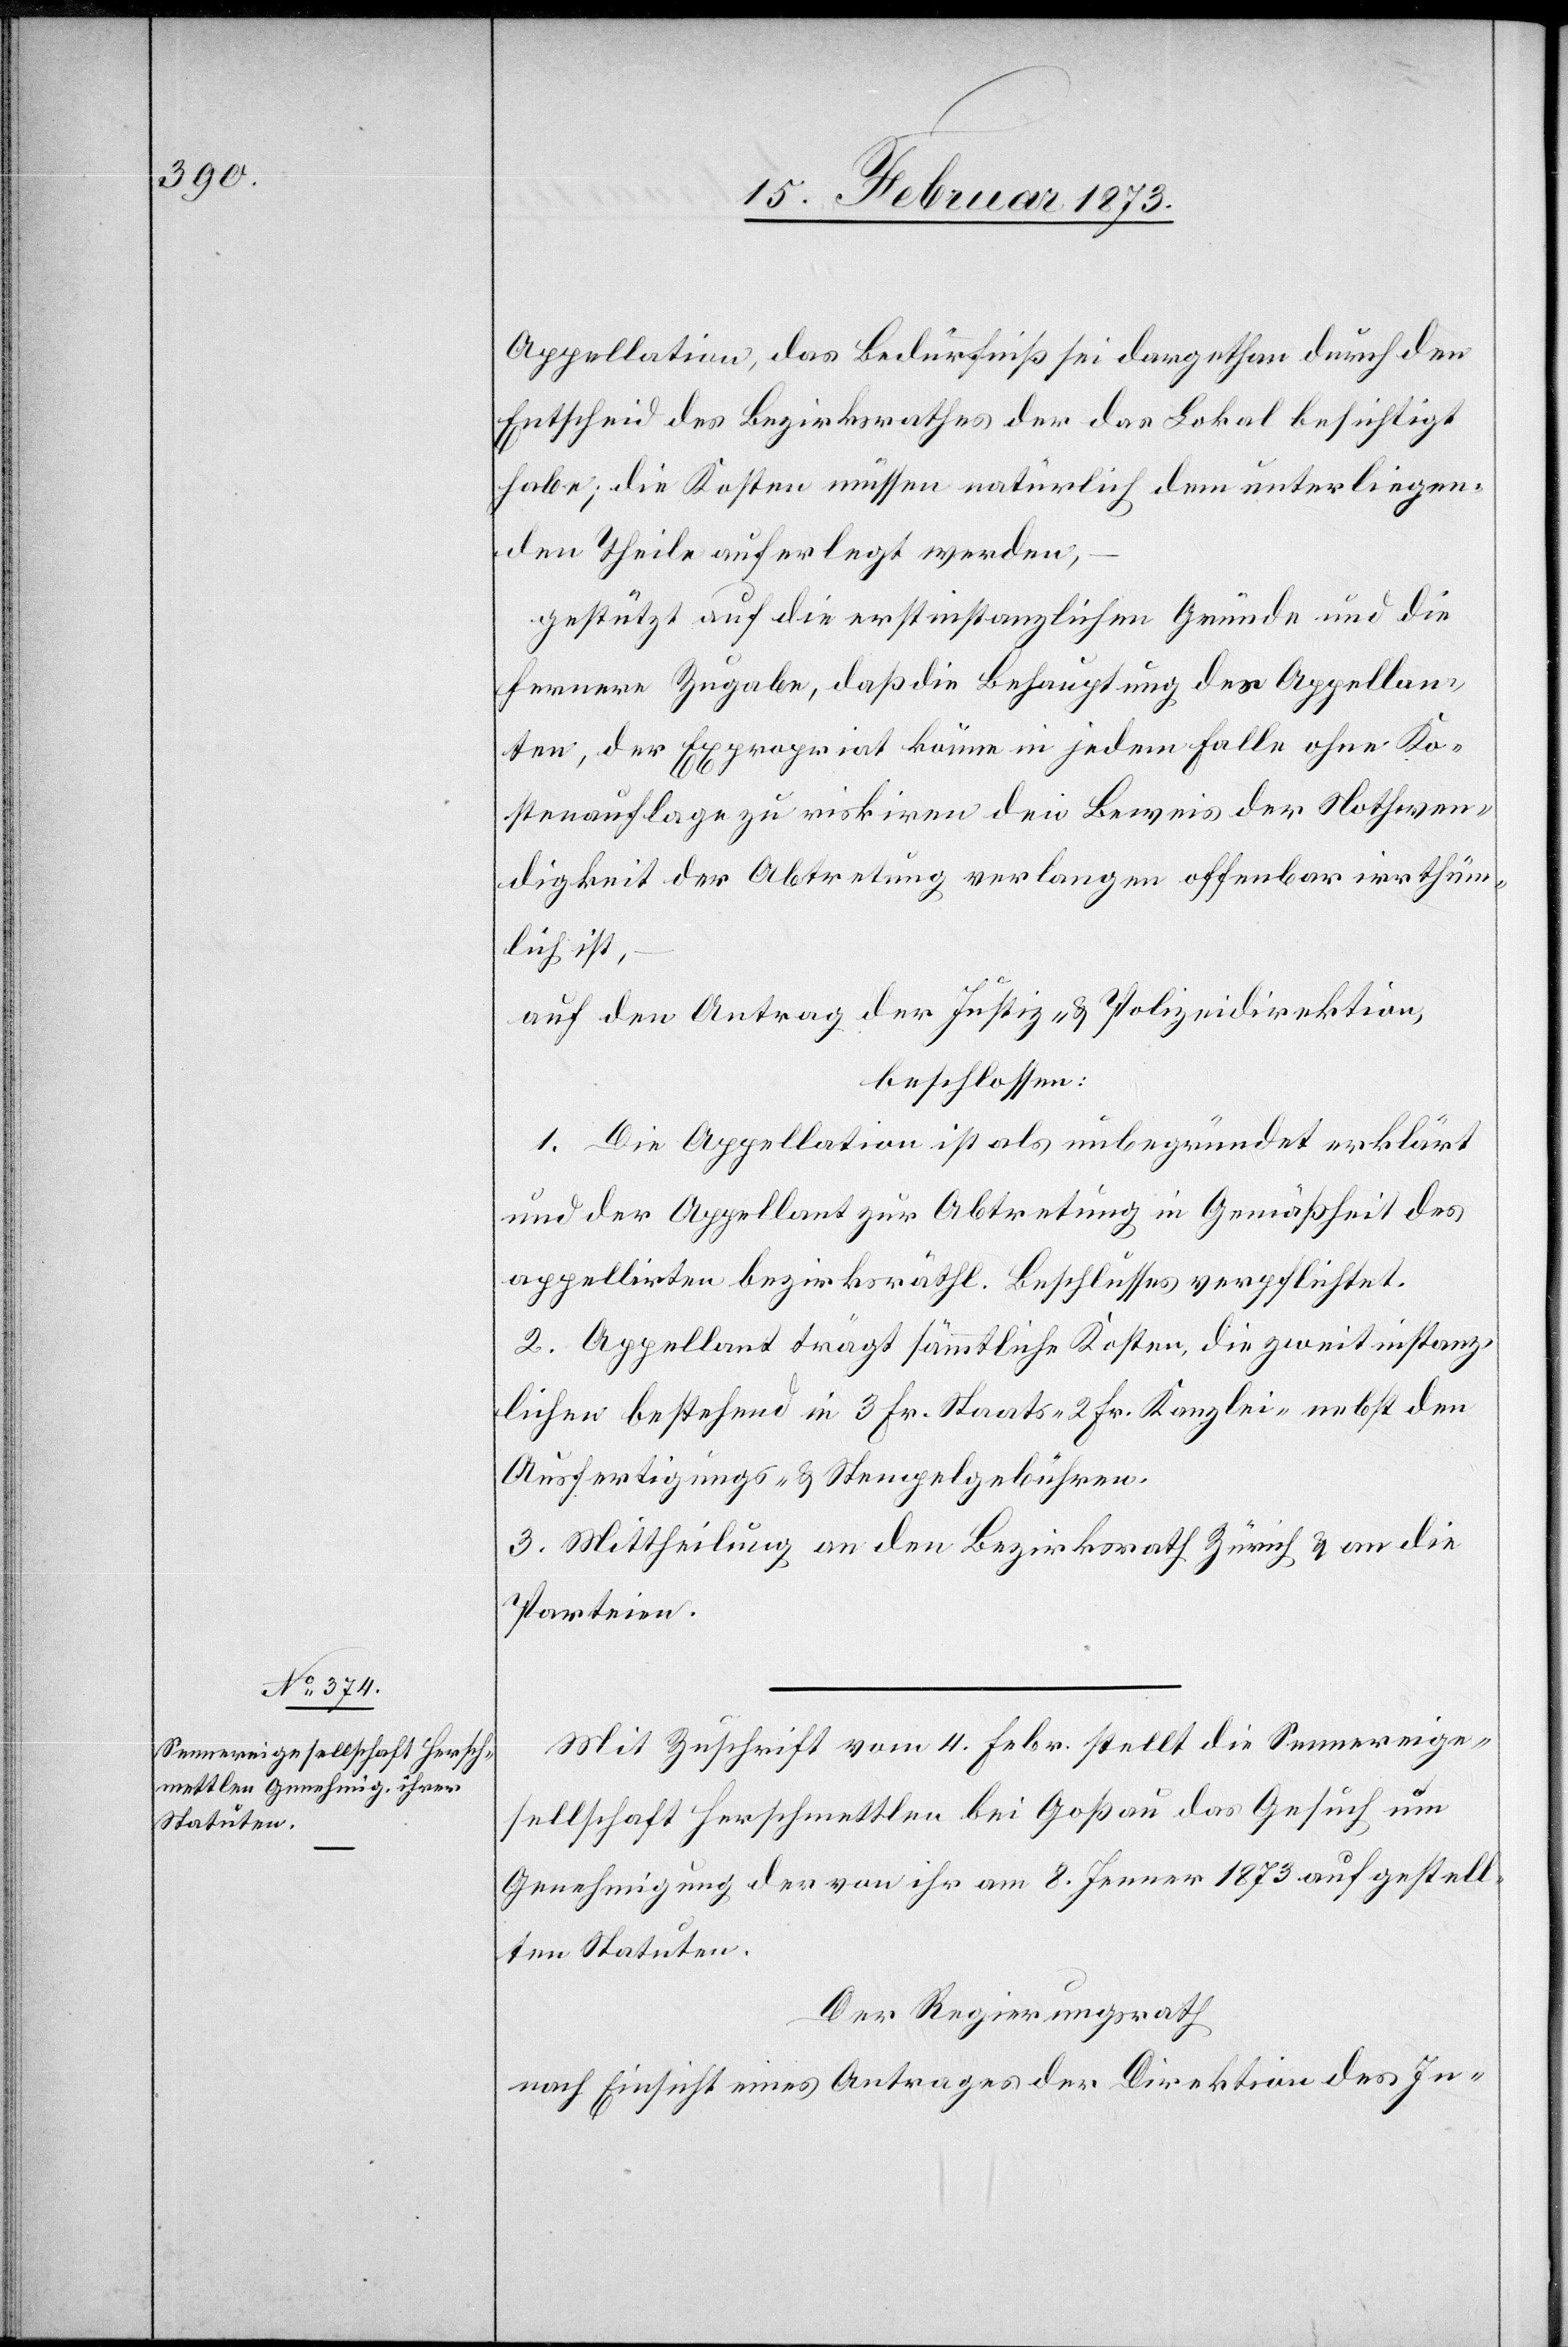
Appellation, das Bedürfniß sei dargethan durch den
Entscheid des Bezirksrathes[,] der das Lokal besichtigt
habe; die Kosten müssen natürlich dem unterliegen¬
den Theile auferlegt werden,
gestützt auf die erstinstanzlichen Gründe und die
fernere Zugabe, daß die Behauptung des Appellan¬
ten, der Expropriat könne in jedem Falle ohne Ko¬
stenauflage zu riskiren den Beweis der Nothwen¬
digkeit der Abtretung verlangen offenbar irrthüm¬
lich ist,
auf den Antrag der Justiz- u. Polizeidirektion,
beschlossen:
1. Die Appellation ist als unbegründet erklärt
und der Appellant zur Abtretung in Gemäßheit des
appellirten bezirksräthl. Beschlusses verpflichtet.
2. Appellant trägt sämmtliche Kosten, die zweitinstanz¬
lichen bestehend in 3 Fr. Staats-[,] 2 Fr. Kanzlei- nebst den
Ausfertigungs- u. Stempelgebühren.
3. Mittheilung an den Bezirksrath Zürich u. an die
Parteien.
Mit Zuschrift vom 4. Febr. stellt die Sennereige¬
sellschaft Herschmettlen bei Goßau das Gesuch um
Genehmigung der von ihr am 8. Jenner 1873 aufgestell¬
ten Statuten.
Der Regierungsrath
nach Einsicht eines Antrages der Direktion des In-